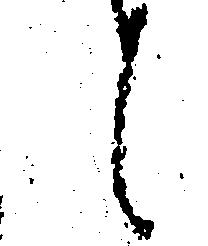
候